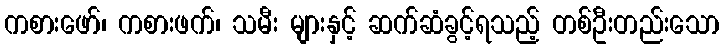
ကစားဖော်၊ ကစားဖက်၊ သမီး များနှင့် ဆက်ဆံခွင့်ရသည့် တစ်ဦးတည်းသော